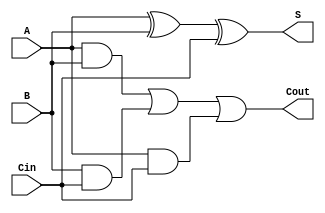
module async_full_adder (
    input wire A,     // First input operand
    input wire B,     // Second input operand
    input wire Cin,   // Carry-in input
    output wire S,    // Sum output
    output wire Cout   // Carry-out output
);

// Intermediate signals
wire AxorB;         // Intermediate result for A XOR B
wire AB;            // Intermediate result for A AND B
wire BCin;          // Intermediate result for B AND Cin
wire ACin;          // Intermediate result for A AND Cin

// Sum output calculation
assign AxorB = A ^ B;          // A XOR B
assign S = AxorB ^ Cin;        // (A XOR B) XOR Cin

// Carry output calculation
assign AB = A & B;             // A AND B
assign BCin = B & Cin;         // B AND Cin
assign ACin = A & Cin;         // A AND Cin
assign Cout = AB | BCin | ACin; // Carry-out = (A AND B) OR (B AND Cin) OR (A AND Cin)

endmodule